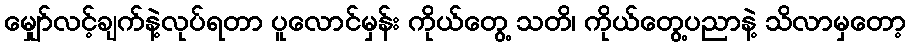
မျှော်လင့်ချက်နဲ့လုပ်ရတာ ပူလောင်မှန်း ကိုယ်တွေ့ သတိ၊ ကိုယ်တွေ့ပညာနဲ့ သိလာမှတော့